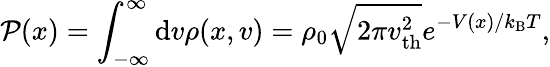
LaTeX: \mathcal{P}(x)=\int_{-\infty}^{\infty}\mathrm{d}v\rho(x,v)=\rho_{0}\sqrt{2\pi v_{\mathrm{th}}^{2}}e^{-V(x)/k_{\mathrm{B}}T},